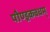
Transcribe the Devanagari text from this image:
पौण्ड्रकवधम्